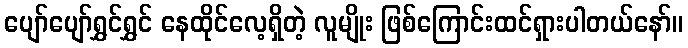
ပျော်ပျော်ရွှင်ရွှင် နေထိုင်လေ့ရှိတဲ့ လူမျိုး ဖြစ်ကြောင်းထင်ရှားပါတယ်နော်။